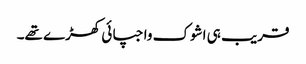
قریب ہی اشوک واجپائی کھڑے تھے۔